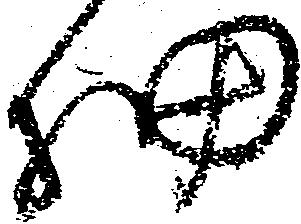
細